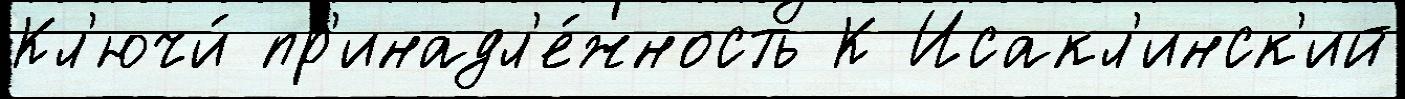
Кл'ючи́ пр'инадл'е́жность К Исакл'инск'ий